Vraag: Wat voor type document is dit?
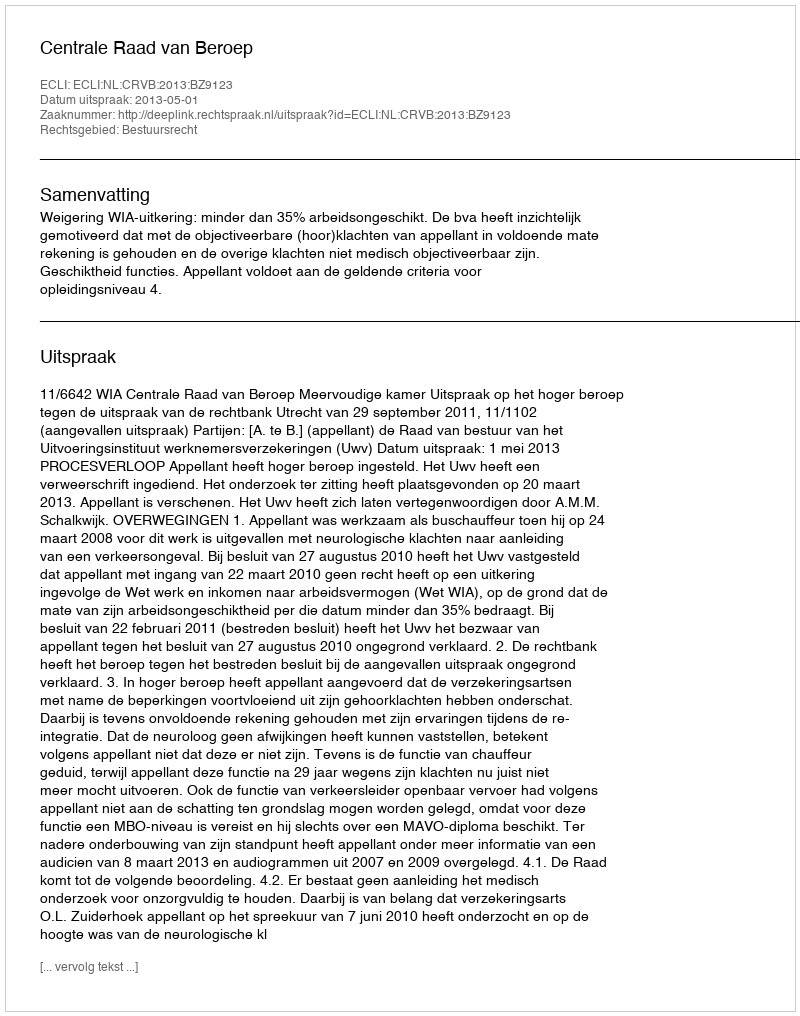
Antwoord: Uitspraak